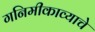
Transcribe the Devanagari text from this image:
गनिमीकाव्याचे